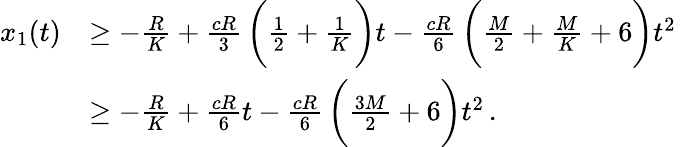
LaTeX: \begin{array}{rl}{x_{1}(t)}&{\geq-\frac{R}{K}+\frac{cR}{3}\, \bigg(\frac{1}{2}+\frac{1}{K}\bigg)t-\frac{cR}{6}\, \bigg(\frac{M}{2}+\frac{M}{K}+6\bigg)t^{2}\, }\\ &{\geq-\frac{R}{K}+\frac{cR}{6}t-\frac{cR}{6}\, \bigg(\frac{3M}{2}+6\bigg)t^{2}\, .}\end{array}